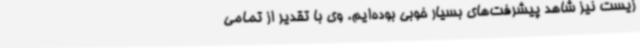
زیست نیز شاهد پیشرفت‌های بسیار خوبی بوده‌ایم. وی با تقدیر از تمامی